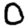
Digit: 0